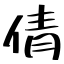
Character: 倩